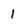
Character: 1